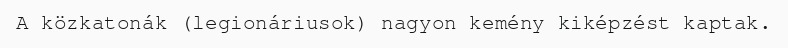
A közkatonák (legionáriusok) nagyon kemény kiképzést kaptak.